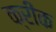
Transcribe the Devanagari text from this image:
क्रींक